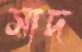
সাদ